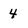
Character: 4